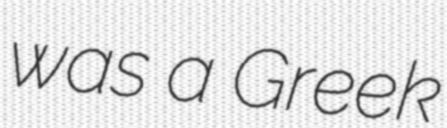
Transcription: was a Greek